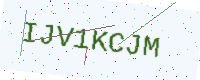
Text: IJV1KCJM